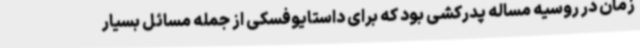
زمان در روسیه مساله پدرکشی بود که برای داستایوفسکی از جمله مسائل بسیار